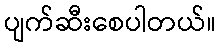
ပျက်ဆီးစေပါတယ်။